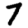
Digit: 7